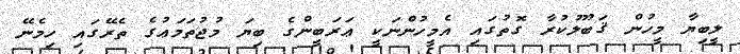
ލީބިޔާ މީހުން ޤަބޫލުކުރާ ގޮތުގައި އެމީހުންނަކީ ޢަރަބީންގެ ބިޔަ މުޖުތަމަޢުގެ ތެރޭގައި ހިމެނޭ